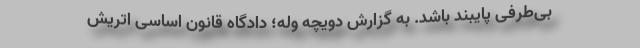
بی‌طرفی پایبند باشد. به گزارش دویچه وله؛ دادگاه قانون اساسی اتریش